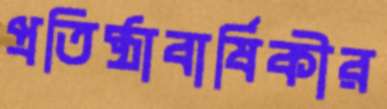
প্রতিষ্ঠাবার্ষিকীর